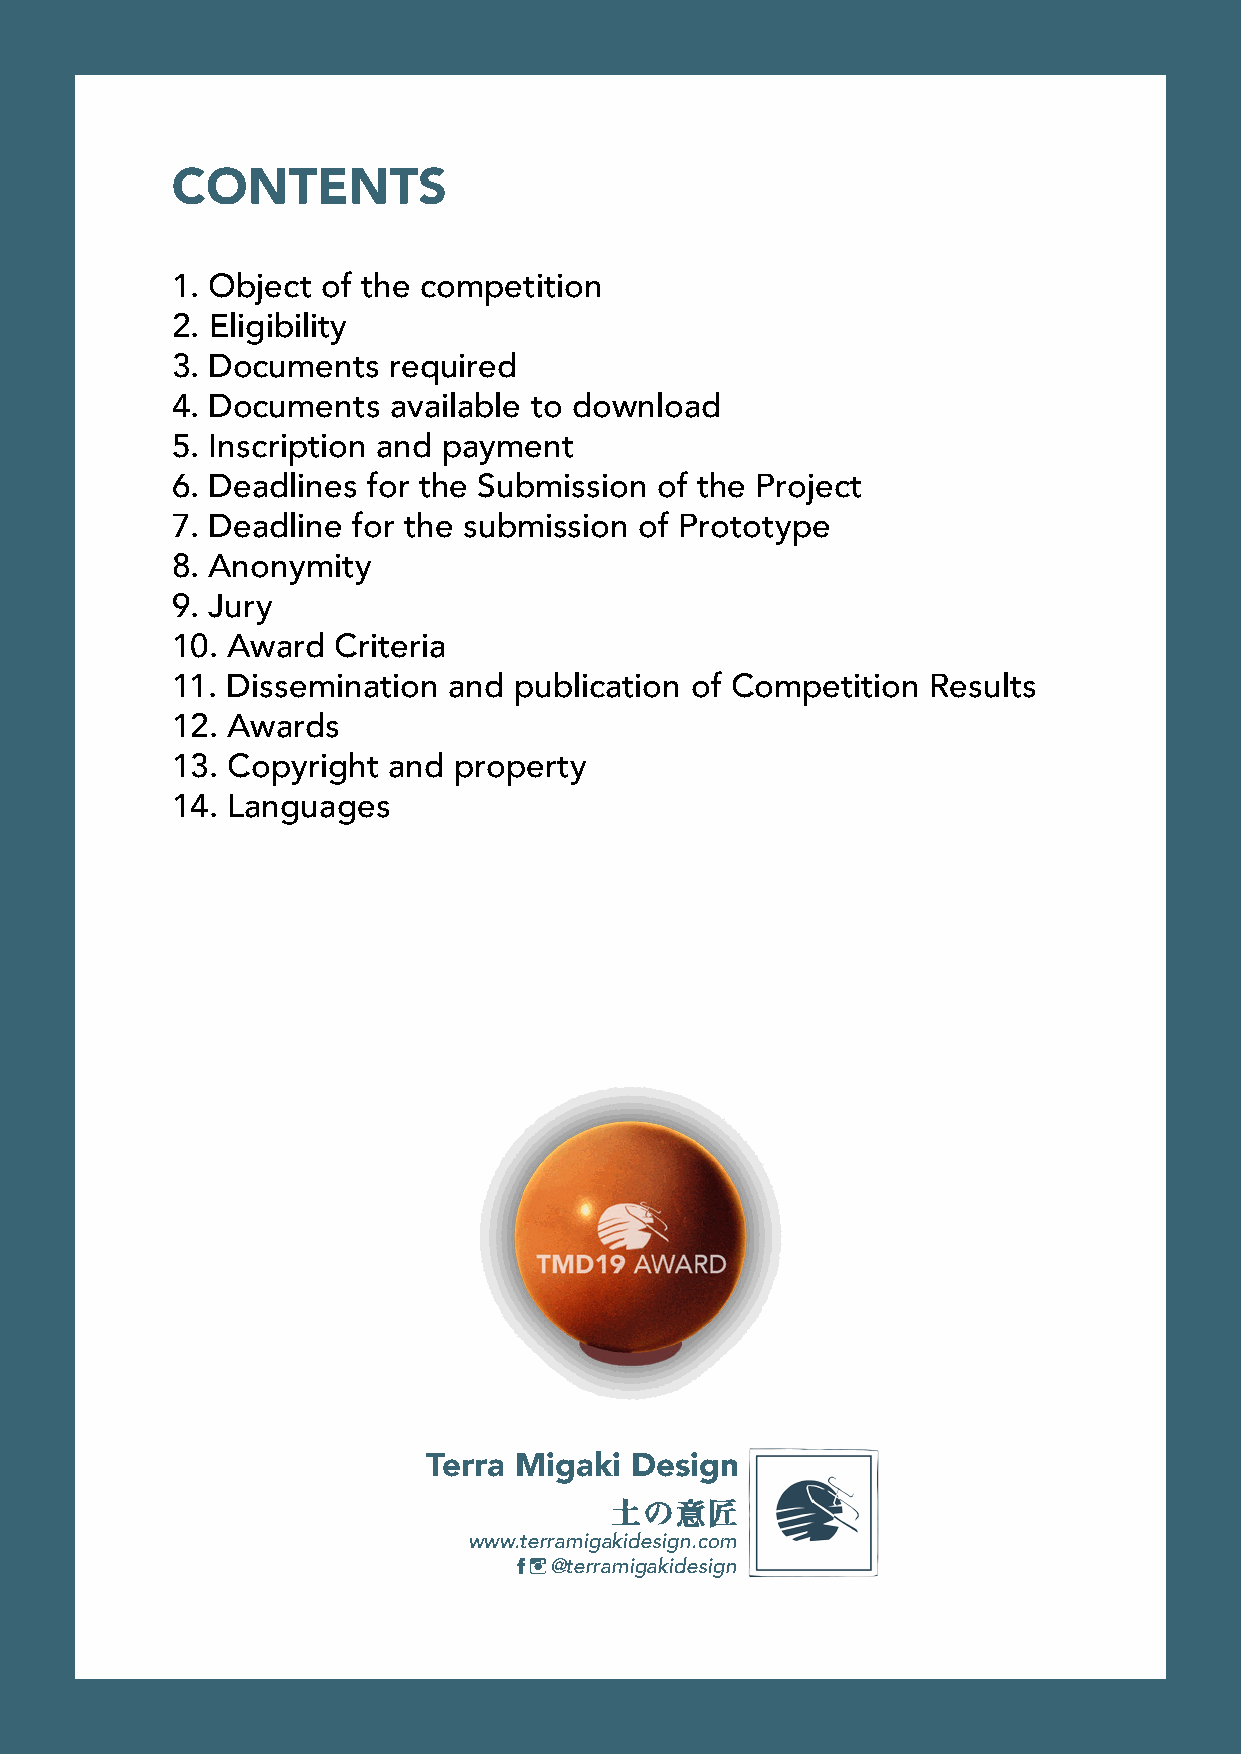
CONTENTS
 1. Object of the competition
 2. Eligibility
 3. Documents   required
 4. Documents   available to download
 5. Inscription and payment
 6. Deadlines for the Submission of the Project
 7. Deadline for the submission of Prototype
 8. Anonymity
 9. Jury
 10. Award  Criteria
 11. Dissemination  and publication of Competition  Results
 12. Awards
 13. Copyright  and property
 14. Languages
 Terra Migaki  Design
 www.terramigakidesign.com
 @terramigakidesign